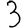
Digit: 3